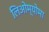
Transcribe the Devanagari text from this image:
लिओम्योमा